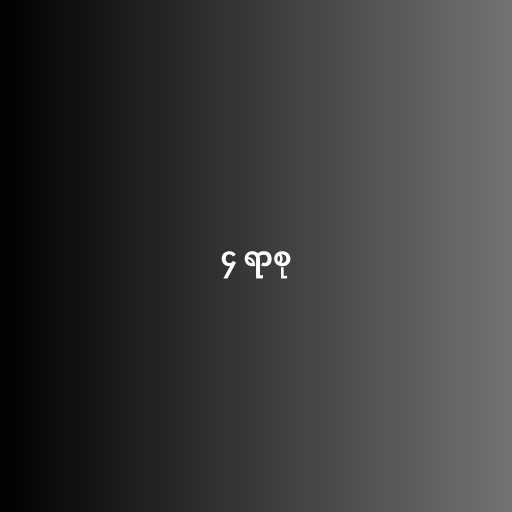
၄ ရာစု